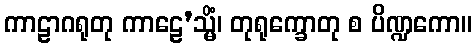
ကာဠာဂရုတု ကာဠေ’သ္မိံ၊ တုရုက္ခောတု စ ပိဏ္ဍကော။